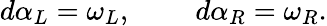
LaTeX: d\alpha_{L}=\omega_{L},\; \; \; \; \; \; \; \; d\alpha_{R}=\omega_{R}.